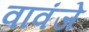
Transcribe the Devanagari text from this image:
वावंजे